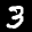
Label: 3